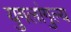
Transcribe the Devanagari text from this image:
युगलांगुल्य